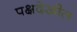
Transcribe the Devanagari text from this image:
पक्षदेखील